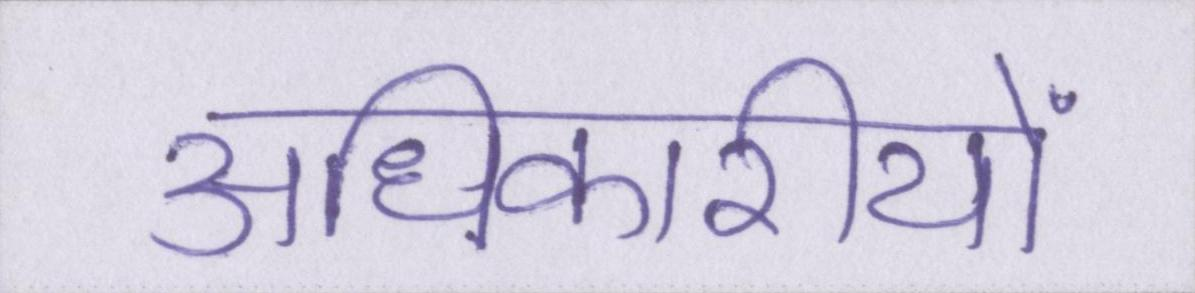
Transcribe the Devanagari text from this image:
अधिकारीयों